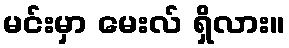
မင်းမှာ မေးလ် ရှိလား။